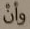
وأن